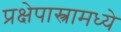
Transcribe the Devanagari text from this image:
प्रक्षेपास्त्रामध्ये